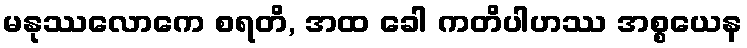
မနုဿလောကေ စရတိ, အထ ခေါ ကတိပါဟဿ အစ္စယေန